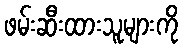
ဖမ်းဆီးထားသူများကို